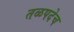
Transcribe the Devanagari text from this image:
तळपदेच